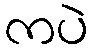
ကပဲ